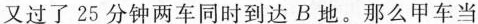
又过了25分钟两车同时到达B地。那么甲车当